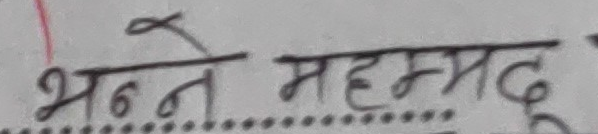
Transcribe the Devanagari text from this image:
भन्ने मोहम्मद